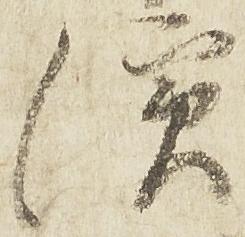
浜